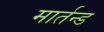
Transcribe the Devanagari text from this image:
मार्तन्ड